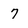
Character: 7